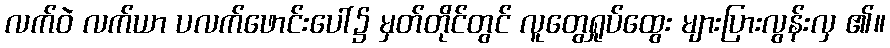
လက်ဝဲ လက်ယာ ပလက်ဖောင်းပေါ်၌ မှတ်တိုင်တွင် လူတွေရှုပ်ထွေး များပြားလွန်းလှ ၏။